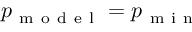
p _ { \mathrm { ~ m ~ o ~ d ~ e ~ l ~ } } = p _ { \mathrm { ~ m ~ i ~ n ~ } }